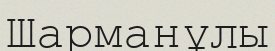
Шарманұлы